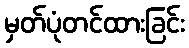
မှတ်ပုံတင်ထားခြင်း